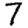
Digit: 7